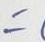
=